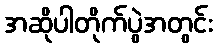
အဆိုပါတိုက်ပွဲအတွင်း